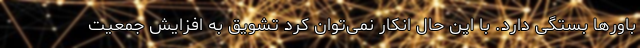
باورها بستگی دارد. با این حال انکار نمی‌توان کرد تشویق به افزایش جمعیت